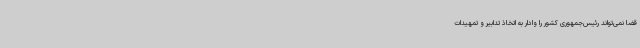
قضا نمی‌تواند رئیس‌جمهوری کشور را وادار به اتخاذ تدابیر و تمهیدات